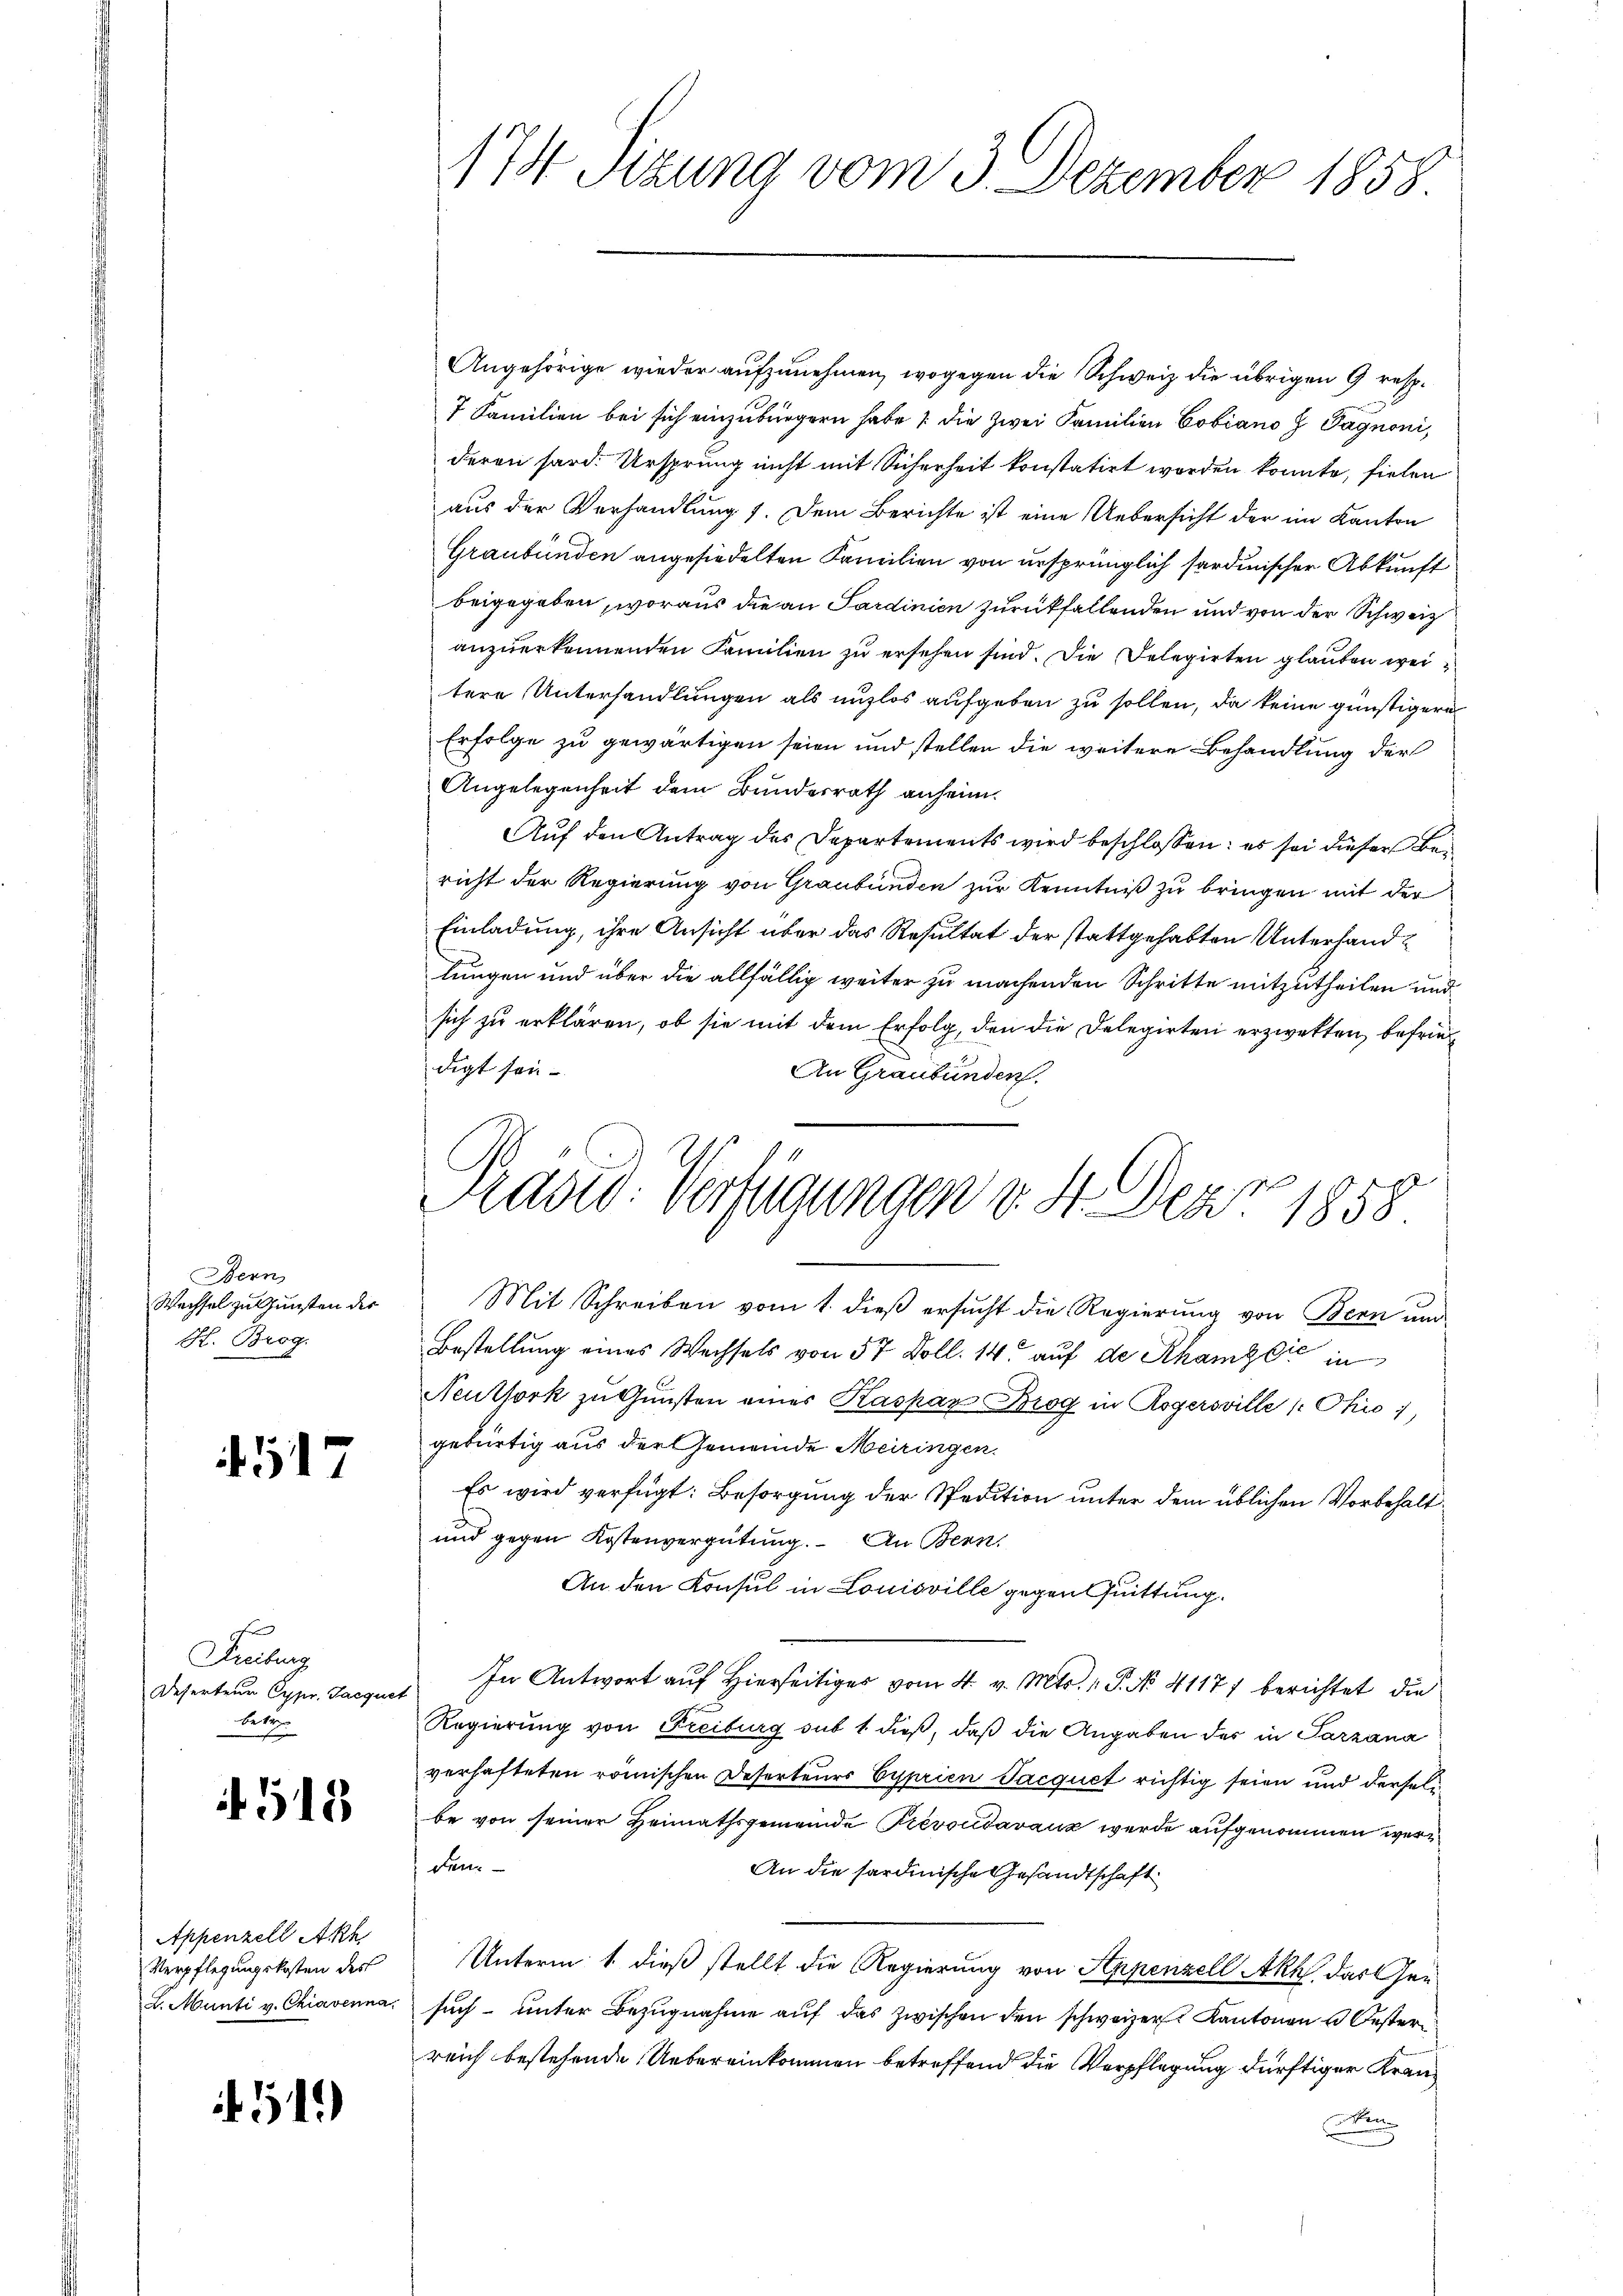
Bern
Wechsel zu Gunsten der
H. Brog.

4517

Freiburg
Deserten Cypr. Jacques
betre

4518

Appenzell Akh
Verpflegungskosten des
L. Munti v. Chiavenna

51)

174 Sizung vom 3. Dezember 1858.

Präsid. Verfügungen v. 4. Dez. 1858

Angehörige wieder aufzunehmen, wogegen die Schweiz die übrigen 9 resp.
7 Familien bei sich einzubürgern habe ; die zwei Familien Cobiano H Pagnoni,
deren hard. Ursprung nicht mit Sicherheit konstatirt worden konnte, fielen
aus der Verhandlung 1. Dem Berichte ist eine Uebersicht der im Kanton
Graubünden angesiedelten Familien von ursprünglich sardinischer Abkunft
beigegeben, woraus die an Sardinien zurückfallenden und von der Schweiz
anzuerkennenden Familien zu ersehen sind. Die Delegirten glauben weitere Unterhandlungen als unzlos aufgeben zu sollen, da keine günstigern
Erfolge zu gewärtigen seien und stellen die weitere Behandlung der
Angelegenheit dem Bundesrath anheim.
Auf den Antrag des Departements wird beschlossen: es sei dieser Bericht der Regierung von Graubünden zur Kenntniß zu bringen mit der
Einladung, ihre Ansicht über das Resultat der stattgehabten Unterhandlungen und über die allfällig weiter zu machenden Schritte mitzutheilen und
sich zu erklären, ob sie mit dem Erfolg, den die Delegirten erzwekten, befriedigt sein.
An Graubünden.
Mit Schreiben vom 1. dieß ersucht die Regierung von Bern und
Bestellung eines Wechsels von 57 Doll. 14. auf de Rham die in
Neuthork zu Gunsten eines Kaspar Brog in Rogersville 1 Ohio 1
gebürtig aus der Gemeinde Meiringen.
Es wird verfügt: Besorgung der Spedition unter dem üblichen Vorbehalt¬
und gegen Kostenvergütung. An Bern
An den Konsul in Louisville gegen Quittung.
In Antwort auf Hierseitiger vom 4. v. Mts. 1. P. No 41177 berichtet die
Regierung von Freiburg sub 1. dieß, daß die Angaben des in Parzana
verhafteten römischen Deserteurs Cyprien Jacquet richtig seien und derselbe von seiner Heimathsgemeinde Prevocdavanz wurde aufgenommen werden
An die sardinische Gesandtschaft
Unterm 1. dieß stellt die Regierung von Appenzell Akt, das Ger
such unter Bezugnahme auf das zwischen den schweizer Kantonen u bester
reich bestehende Uebereinkommen betreffend die Verpflegung dürftiger Krann